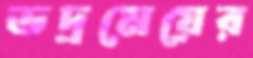
ভদ্রমেয়ের